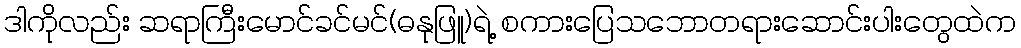
ဒါကိုလည်း ဆရာကြီးမောင်ခင်မင်(ဓနုဖြူ)ရဲ့ စကားပြေသဘောတရားဆောင်းပါးတွေထဲက